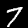
Digit: 7